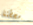
محطتنا